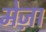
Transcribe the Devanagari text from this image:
मेज़ा